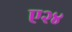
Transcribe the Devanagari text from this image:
ए२४